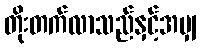
တိုးတက်လာသည်နှင့်အမျှ